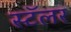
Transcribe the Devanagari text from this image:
स्टॅलर